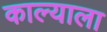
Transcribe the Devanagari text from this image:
काल्याला